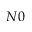
N 0